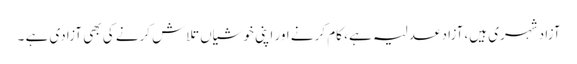
آزاد شہری ہیں، آزاد عدلیہ ہے ، کام کرنے اور اپنی خوشیاں تلاش کرنے کی بھی آزادی ہے ۔